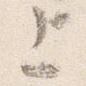
上